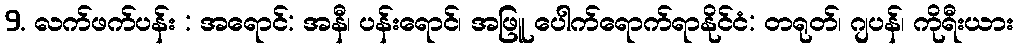
9. လက်ဖက်ပန်း : အရောင်: အနီ၊ ပန်းရောင်၊ အဖြူ ပေါက်ရောက်ရာနိုင်ငံ: တရုတ်၊ ဂျပန်၊ ကိုရီးယား